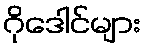
ဂိုဒေါင်များ